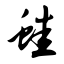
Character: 蛙